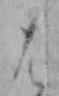
は